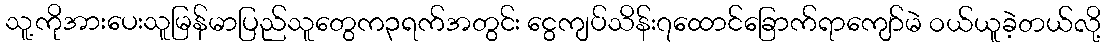
သူ့ကိုအားပေးသူမြန်မာပြည်သူတွေက၃ရက်အတွင်း ငွေကျပ်သိန်း၇ထောင်ခြောက်ရာကျော်မဲ ဝယ်ယူခဲ့တယ်လို့